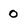
Character: 0